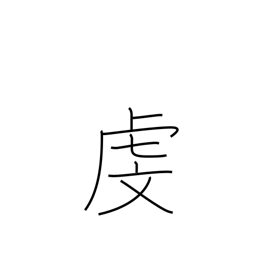
Meaning: respect